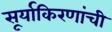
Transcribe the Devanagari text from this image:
सूर्याकिरणांची